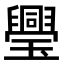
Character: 璺